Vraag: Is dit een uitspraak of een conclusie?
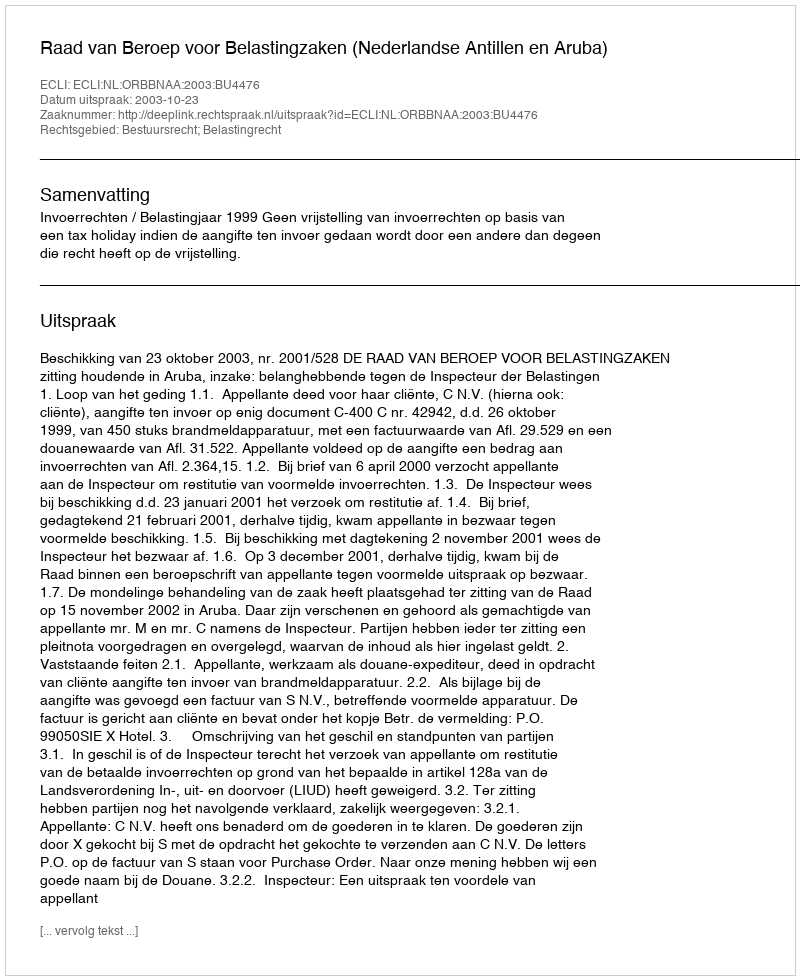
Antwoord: Uitspraak